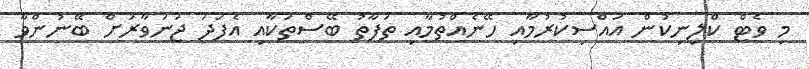
މި ވެޓް ކްލިނިކުން އައްސިކުރުމާއި ހޭނެއްތުމާއި ތަފާތު ބޭސްތަކާއި އެފަދަ ޖަނަވާރަށް ބޭނުންވާ